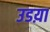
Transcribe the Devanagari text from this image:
उडय़ा